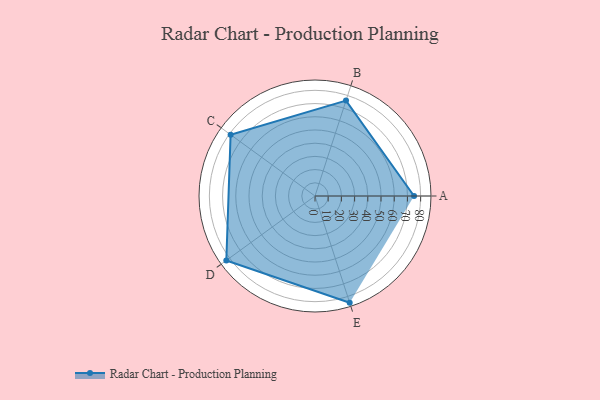
{"axis": {"x": "Skill", "y": "Score"}, "legend": ["Profile"], "data": [{"x": "A", "y": 75.0, "type": "Profile"}, {"x": "B", "y": 76.0, "type": "Profile"}, {"x": "C", "y": 79.0, "type": "Profile"}, {"x": "D", "y": 83.0, "type": "Profile"}, {"x": "E", "y": 85.0, "type": "Profile"}]}